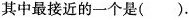
其中最接近的一个是 ().